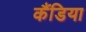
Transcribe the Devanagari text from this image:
कैंडिया